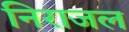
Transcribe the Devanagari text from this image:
निराजल